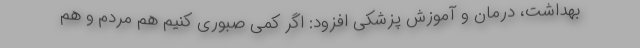
بهداشت، درمان و آموزش پزشکی افزود: اگر کمی صبوری کنیم هم مردم و هم